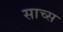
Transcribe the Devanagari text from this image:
साच्स